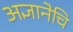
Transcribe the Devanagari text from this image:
अज्ञानेचि